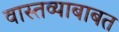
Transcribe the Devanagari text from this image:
वास्तव्याबाबत